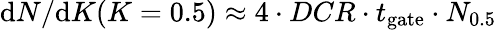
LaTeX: {\mathrm{d}N}/{\mathrm{d}K}(K=0.5)\approx 4\cdot DCR\cdot t_{\mathrm{gate}}\cdot N_{0.5}